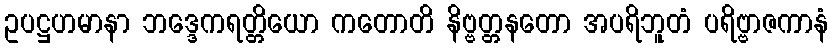
ဥပဋ္ဌဟမာနာ ဘဒ္ဒေကရတ္တိယော ကတောတိ နိဗ္ဗတ္တနတော အပရိဘူတံ ပရိဗ္ဗာဇကာနံ